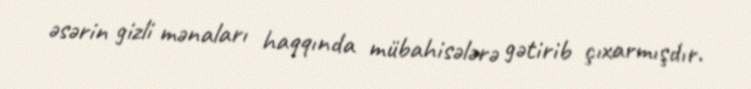
əsərin gizli mənaları haqqında mübahisələrə gətirib çıxarmışdır.